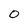
Character: 0